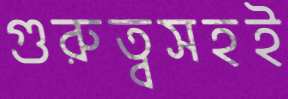
গুরুত্বসহই